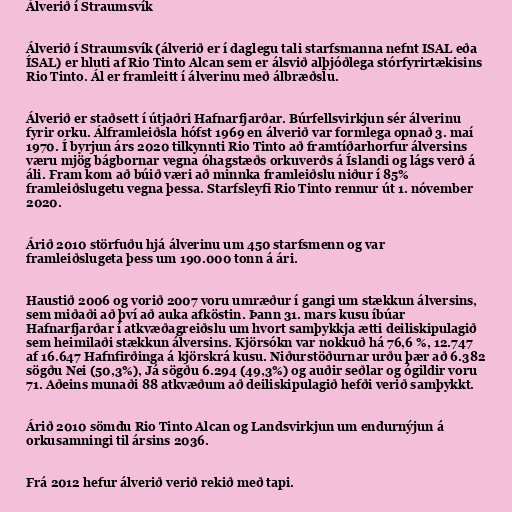
Álverið í Straumsvík

Álverið í Straumsvík (álverið er í daglegu tali starfsmanna nefnt ISAL eða
ÍSAL) er hluti af Rio Tinto Alcan sem er álsvið alþjóðlega stórfyrirtækisins
Rio Tinto. Ál er framleitt í álverinu með álbræðslu.

Álverið er staðsett í útjaðri Hafnarfjarðar. Búrfellsvirkjun sér álverinu
fyrir orku. Álframleiðsla hófst 1969 en álverið var formlega opnað 3. maí
1970. Í byrjun árs 2020 tilkynnti Rio Tinto að framtíðarhorfur álversins
væru mjög bágbornar vegna óhagstæðs orkuverðs á Íslandi og lágs verð á
áli. Fram kom að búið væri að minnka framleiðslu niður í 85%
framleiðslugetu vegna þessa. Starfsleyfi Rio Tinto rennur út 1. nóvember
2020.

Árið 2010 störfuðu hjá álverinu um 450 starfsmenn og var
framleiðslugeta þess um 190.000 tonn á ári.

Haustið 2006 og vorið 2007 voru umræður í gangi um stækkun álversins,
sem miðaði að því að auka afköstin. Þann 31. mars kusu íbúar
Hafnarfjarðar í atkvæðagreiðslu um hvort samþykkja ætti deiliskipulagið
sem heimilaði stækkun álversins. Kjörsókn var nokkuð há 76,6 %, 12.747
af 16.647 Hafnfirðinga á kjörskrá kusu. Niðurstöðurnar urðu þær að 6.382
sögðu Nei (50,3%), Já sögðu 6.294 (49,3%) og auðir seðlar og ógildir voru
71. Aðeins munaði 88 atkvæðum að deiliskipulagið hefði verið samþykkt.

Árið 2010 sömdu Rio Tinto Alcan og Landsvirkjun um endurnýjun á
orkusamningi til ársins 2036.

Frá 2012 hefur álverið verið rekið með tapi.